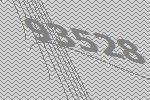
93528